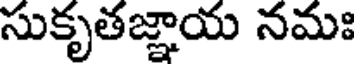
సుకృతజ్ఞాయ నమః